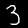
Digit: 3